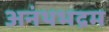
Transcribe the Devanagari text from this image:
अनंथभद्रम